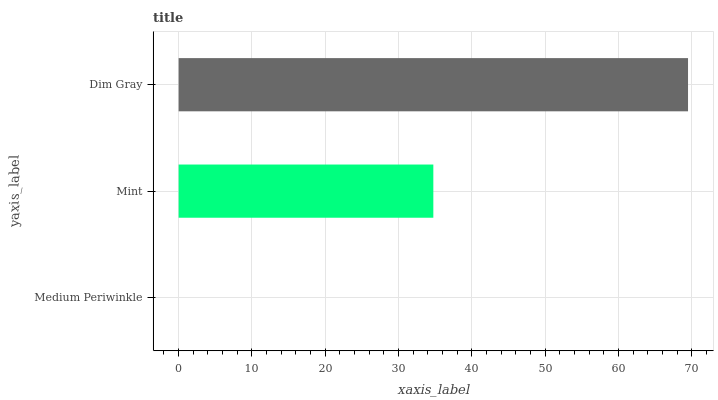
| yaxis_label | bars |
 | --- | --- |
 | Medium Periwinkle | 0 |
 | Mint | 34.7 |
 | Dim Gray | 69.5 |